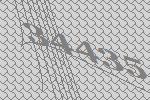
34435